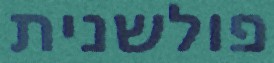
פולשנית